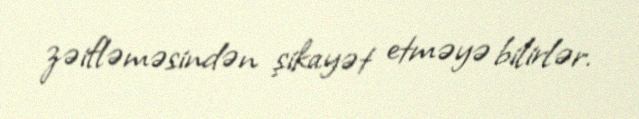
zəifləməsindən şikayət etməyə bilirlər.